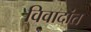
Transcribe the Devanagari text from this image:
विवादांत